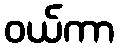
ဝယ်ကာ